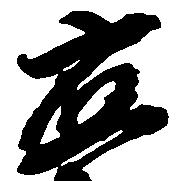
応